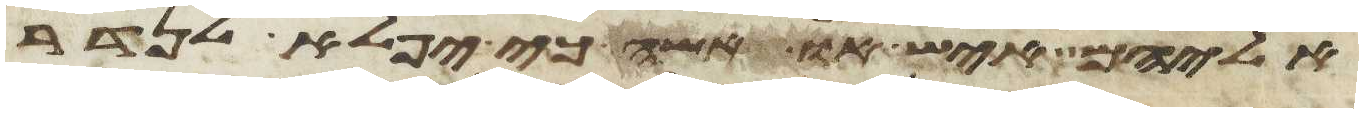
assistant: אליהם איש או אשה כי יפלא לנדר